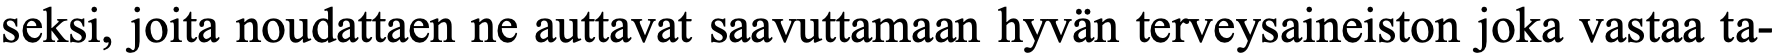
seksi, joita noudattaen ne auttavat saavuttamaan hyvän terveysaineiston joka vastaa ta-